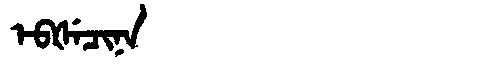
Manchu: ᡝᠪᡧᡝᠴᡳᠨᠠ
Romanization: EBŠECINA